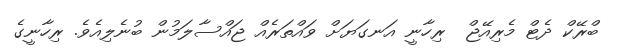
ބްރޭކް ދެޓް މެރިއޭޖް  ރިހާނީ އަނގަޔަށް ވައްތަރެއް ޖައްސާލަމުން ބުނެލިއެވެ. ރިހާނީގެ